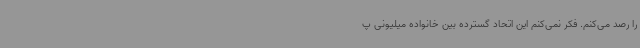
را رصد می‌کنم. فکر نمی‌کنم این اتحاد گسترده بین خانواده میلیونی پ